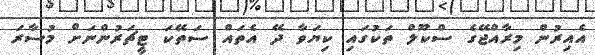
އެއިރުން މިރާއްޖޭގެ ސްކޫލް ތަކުގައި ކިޔަވާ ދޭ އެތައް ސަތޭކަ ޓީޗަރުންނަށް މުސާރަ